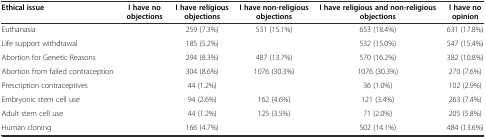
<table><thead><tr><td><b>Ethical issue</b></td><td><b>I have no objections</b></td><td><b>I have religious objections</b></td><td><b>I have non-religious objections</b></td><td><b>I have religious and non-religious objections</b></td><td><b>I have no opinion</b></td></tr></thead><tbody><tr><td>Euthanasia</td><td>[EMPTY_CELL]</td><td>259 (7.3%)</td><td>531 (15.1%)</td><td>653 (18.4%)</td><td>631 (17.8%)</td></tr><tr><td>Life support withdrawal</td><td>[EMPTY_CELL]</td><td>185 (5.2%)</td><td>[EMPTY_CELL]</td><td>532 (15.0%)</td><td>547 (15.4%)</td></tr><tr><td>Abortion for Genetic Reasons</td><td>[EMPTY_CELL]</td><td>294 (8.3%)</td><td>487 (13.7%)</td><td>570 (16.2%)</td><td>382 (10.8%)</td></tr><tr><td>Abortion from failed contraception</td><td>[EMPTY_CELL]</td><td>304 (8.6%)</td><td>1076 (30.3%)</td><td>1076 (30.3%)</td><td>270 (7.6%)</td></tr><tr><td>Prescription contraceptives</td><td>[EMPTY_CELL]</td><td>44 (1.2%)</td><td>[EMPTY_CELL]</td><td>36 (1.0%)</td><td>102 (2.9%)</td></tr><tr><td>Embryonic stem cell use</td><td>[EMPTY_CELL]</td><td>94 (2.6%)</td><td>162 (4.6%)</td><td>121 (3.4%)</td><td>263 (7.4%)</td></tr><tr><td>Adult stem cell use</td><td>[EMPTY_CELL]</td><td>44 (1.2%)</td><td>125 (3.5%)</td><td>71 (2.0%)</td><td>205 (5.8%)</td></tr><tr><td>Human cloning</td><td>[EMPTY_CELL]</td><td>166 (4.7%)</td><td>[EMPTY_CELL]</td><td>502 (14.1%)</td><td>484 (13.6%)</td></tr></tbody></table>